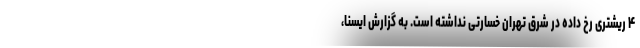
۴ ریشتری رخ داده در شرق تهران خسارتی نداشته است. به گزارش ایسنا،